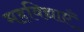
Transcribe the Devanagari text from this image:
महविद्याएँ